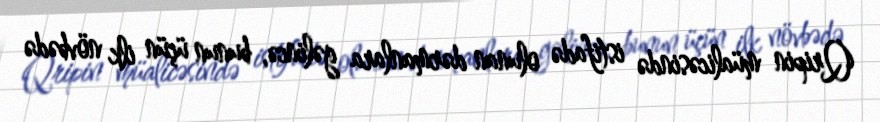
Qripin müalicəsində istifadə olunan dərmanlara gəlincə, bunun üçün ilk növbədə